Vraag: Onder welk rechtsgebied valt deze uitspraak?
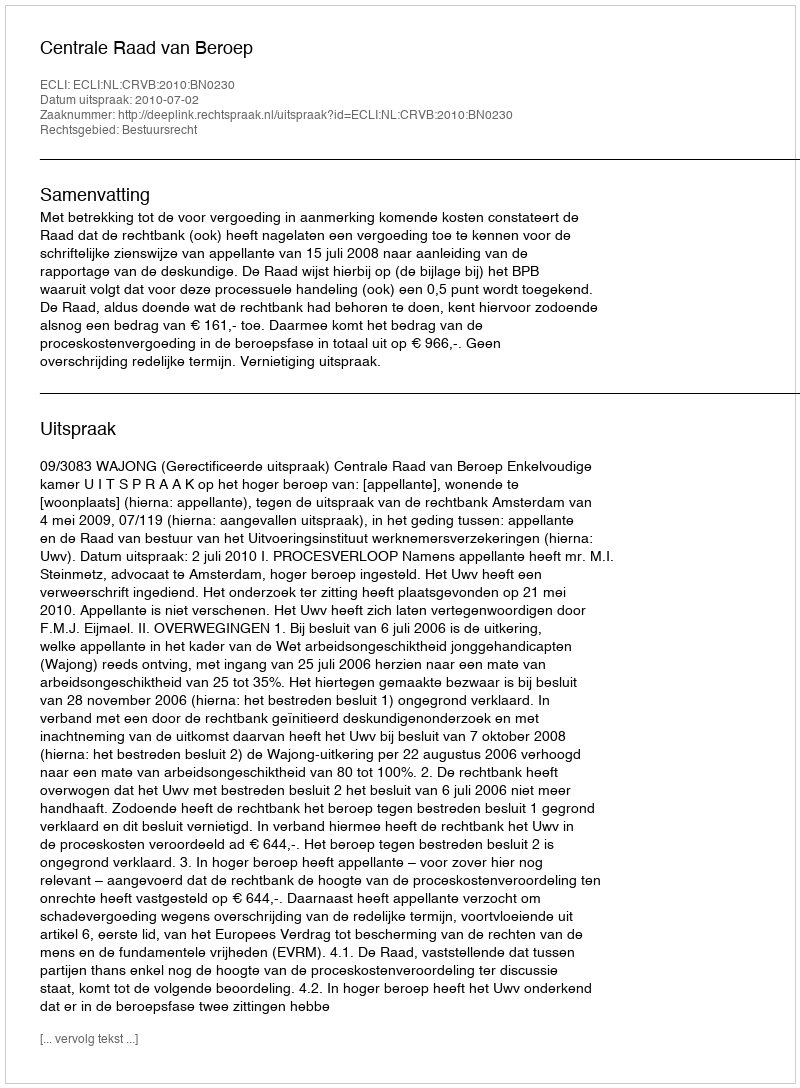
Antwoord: Bestuursrecht